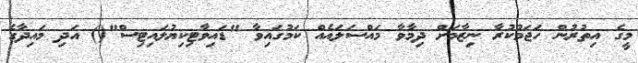
މީގެ އިތުރުން ހަޖަމުކުރާ ނިޒާމަށް ދިމާވާ މައްސަލައެއް ކަމުގައިވާ "ޑައިވާޓިކިޔުލައިޓިސް"() އަދި މައިދާގެ